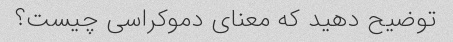
توضیح دهید که معنای دموکراسی چیست؟